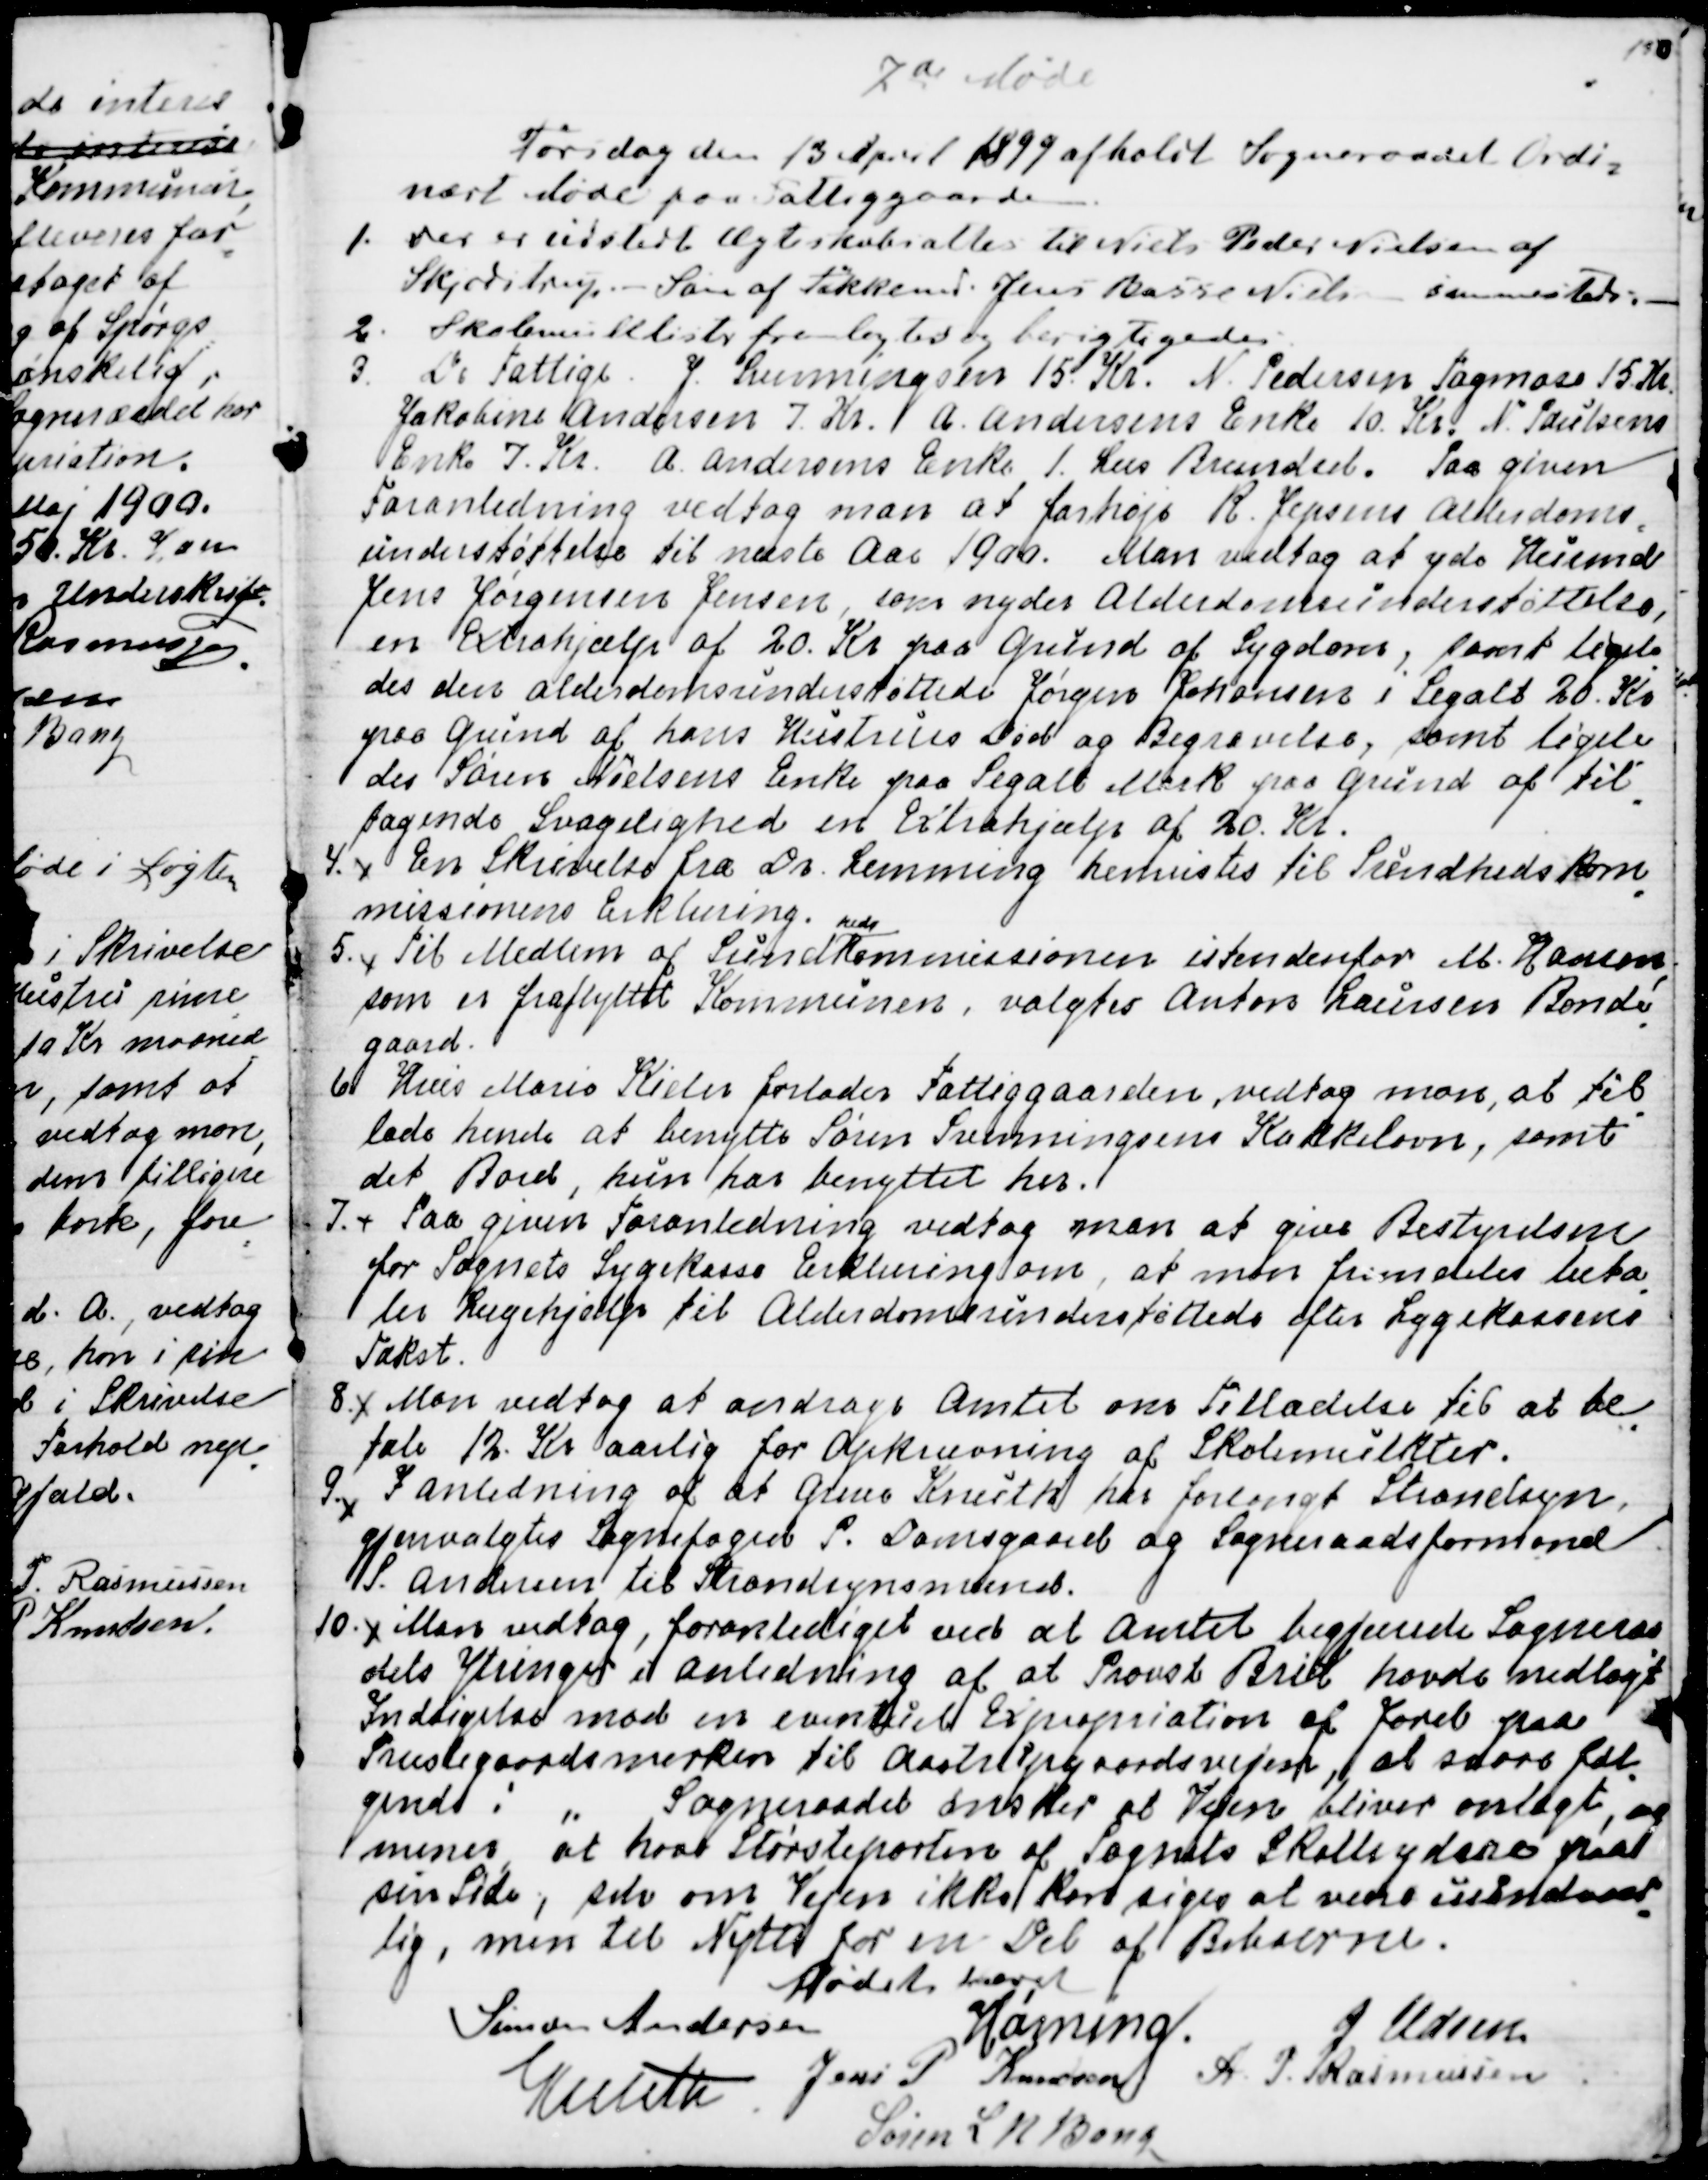
Transskription:
7de Møde
Torsdag den 13 April 1899 afholdt Sogneraadet Ordi=
nært Møde paa Fattiggaarden.
1. Der er udstedt Ægteskabsattes til Niels Peder Nielsen af
Skjødstrup. Søn af Tækkemd. Jens Basse Nielsen sammesteds.
2. Skolemultlister forelagdes og berigtigedes.
3. De Fattige. J. Svenningsen 15. Kr. N. Pedersen Tagmose 15. Kr.
Jakobine Andersen 7. Kr.  A. Andersens Enke 10. Kr. N. Poulsens
Enke 7. Kr. . A. Andersens Enke 1. Læs Brændsel. Paa given
Foranledning vedtog man at forhøje R. Jepsens Alderdoms
=
understøttelse til næste Aar 1900. Man vedtog at yde Husmd
Jens Jørgensen Jensen, som nyder Alderdomsunderstøttelse,
en Extrahjælp af 20. Kr paa Grund af Sygdom, samt ligele
=
des den alderdomsunderstøttede Jørgen Johansen i Segalt 20. Kr.
paa Grund af hans Hustrus Død og Begravelse, samt ligele
=
des Søren Nielsens Enke paa Segalt Mark paa Grund af til
=
tagende Svagelighed en Extrahjælp af 20. Kr.
4.
En Skrivelse fra Dr. Lemming henvistes til Sundhedskom
=
missionens Erklæring.
5.
Til Medlem af Sund
heds
kommissionen istendenfor M. Hansen
som er fraflyttet Kommunen, valgtes Anton Laursen Bonde
=
gaard.
6.  Hvis Marie Kieler forlader Fattiggaarden, vedtog man, at til
=
lade hende at benytte Søren Svenningsens Kakkelovn, samt
det Bord, hun har benyttet her.
7.
Paa given Foranledning vedtog man at give Bestyrelsen
for Sognets Sygekasse Erklæring om, at man fremdeles beta
=
ler Lægehjælp til Alderdomsunderstøttede efter Sygekassens
Takst.
8.
Man vedtog at andrage Amtet om Tilladelse til at be
=
tale 12. Kr. aarlig for Opkrævning af Skolemulkter.
9. I Anledning af at Greve Knuth har forlangt Strandsyn
gjenvalgtes Sognefoged P. Damsgaard og Sogneraadsformand
S. Andersen til Strandsynsmænd.
10.
Man vedtog, foranlediget ved at Amtet begjærede Sogneraa
=
dets Ytringer i Anledning af at Provst Brix havde nedlagt
Indsigelse mod en eventuel Expropriation af Jord paa
Præstegaardsmarken til Aastrupgaardsvejen, at svare føl
=
gende: " Sogneraadet ønsker at Vejen bliver omlagt, og
mener, at have Størsteparten af Sognets Skatteydere paa
sin Side, selv om Vejen ikke kan siges at være uundvær
=
lig, men til Nytte for en Del af Beboerne.
Mødet hævet
Simon Andersen
Hørning.
J Udsen
Knuth
Jens P. Knudsen
A. P. Rasmussen
Søren L N Bang